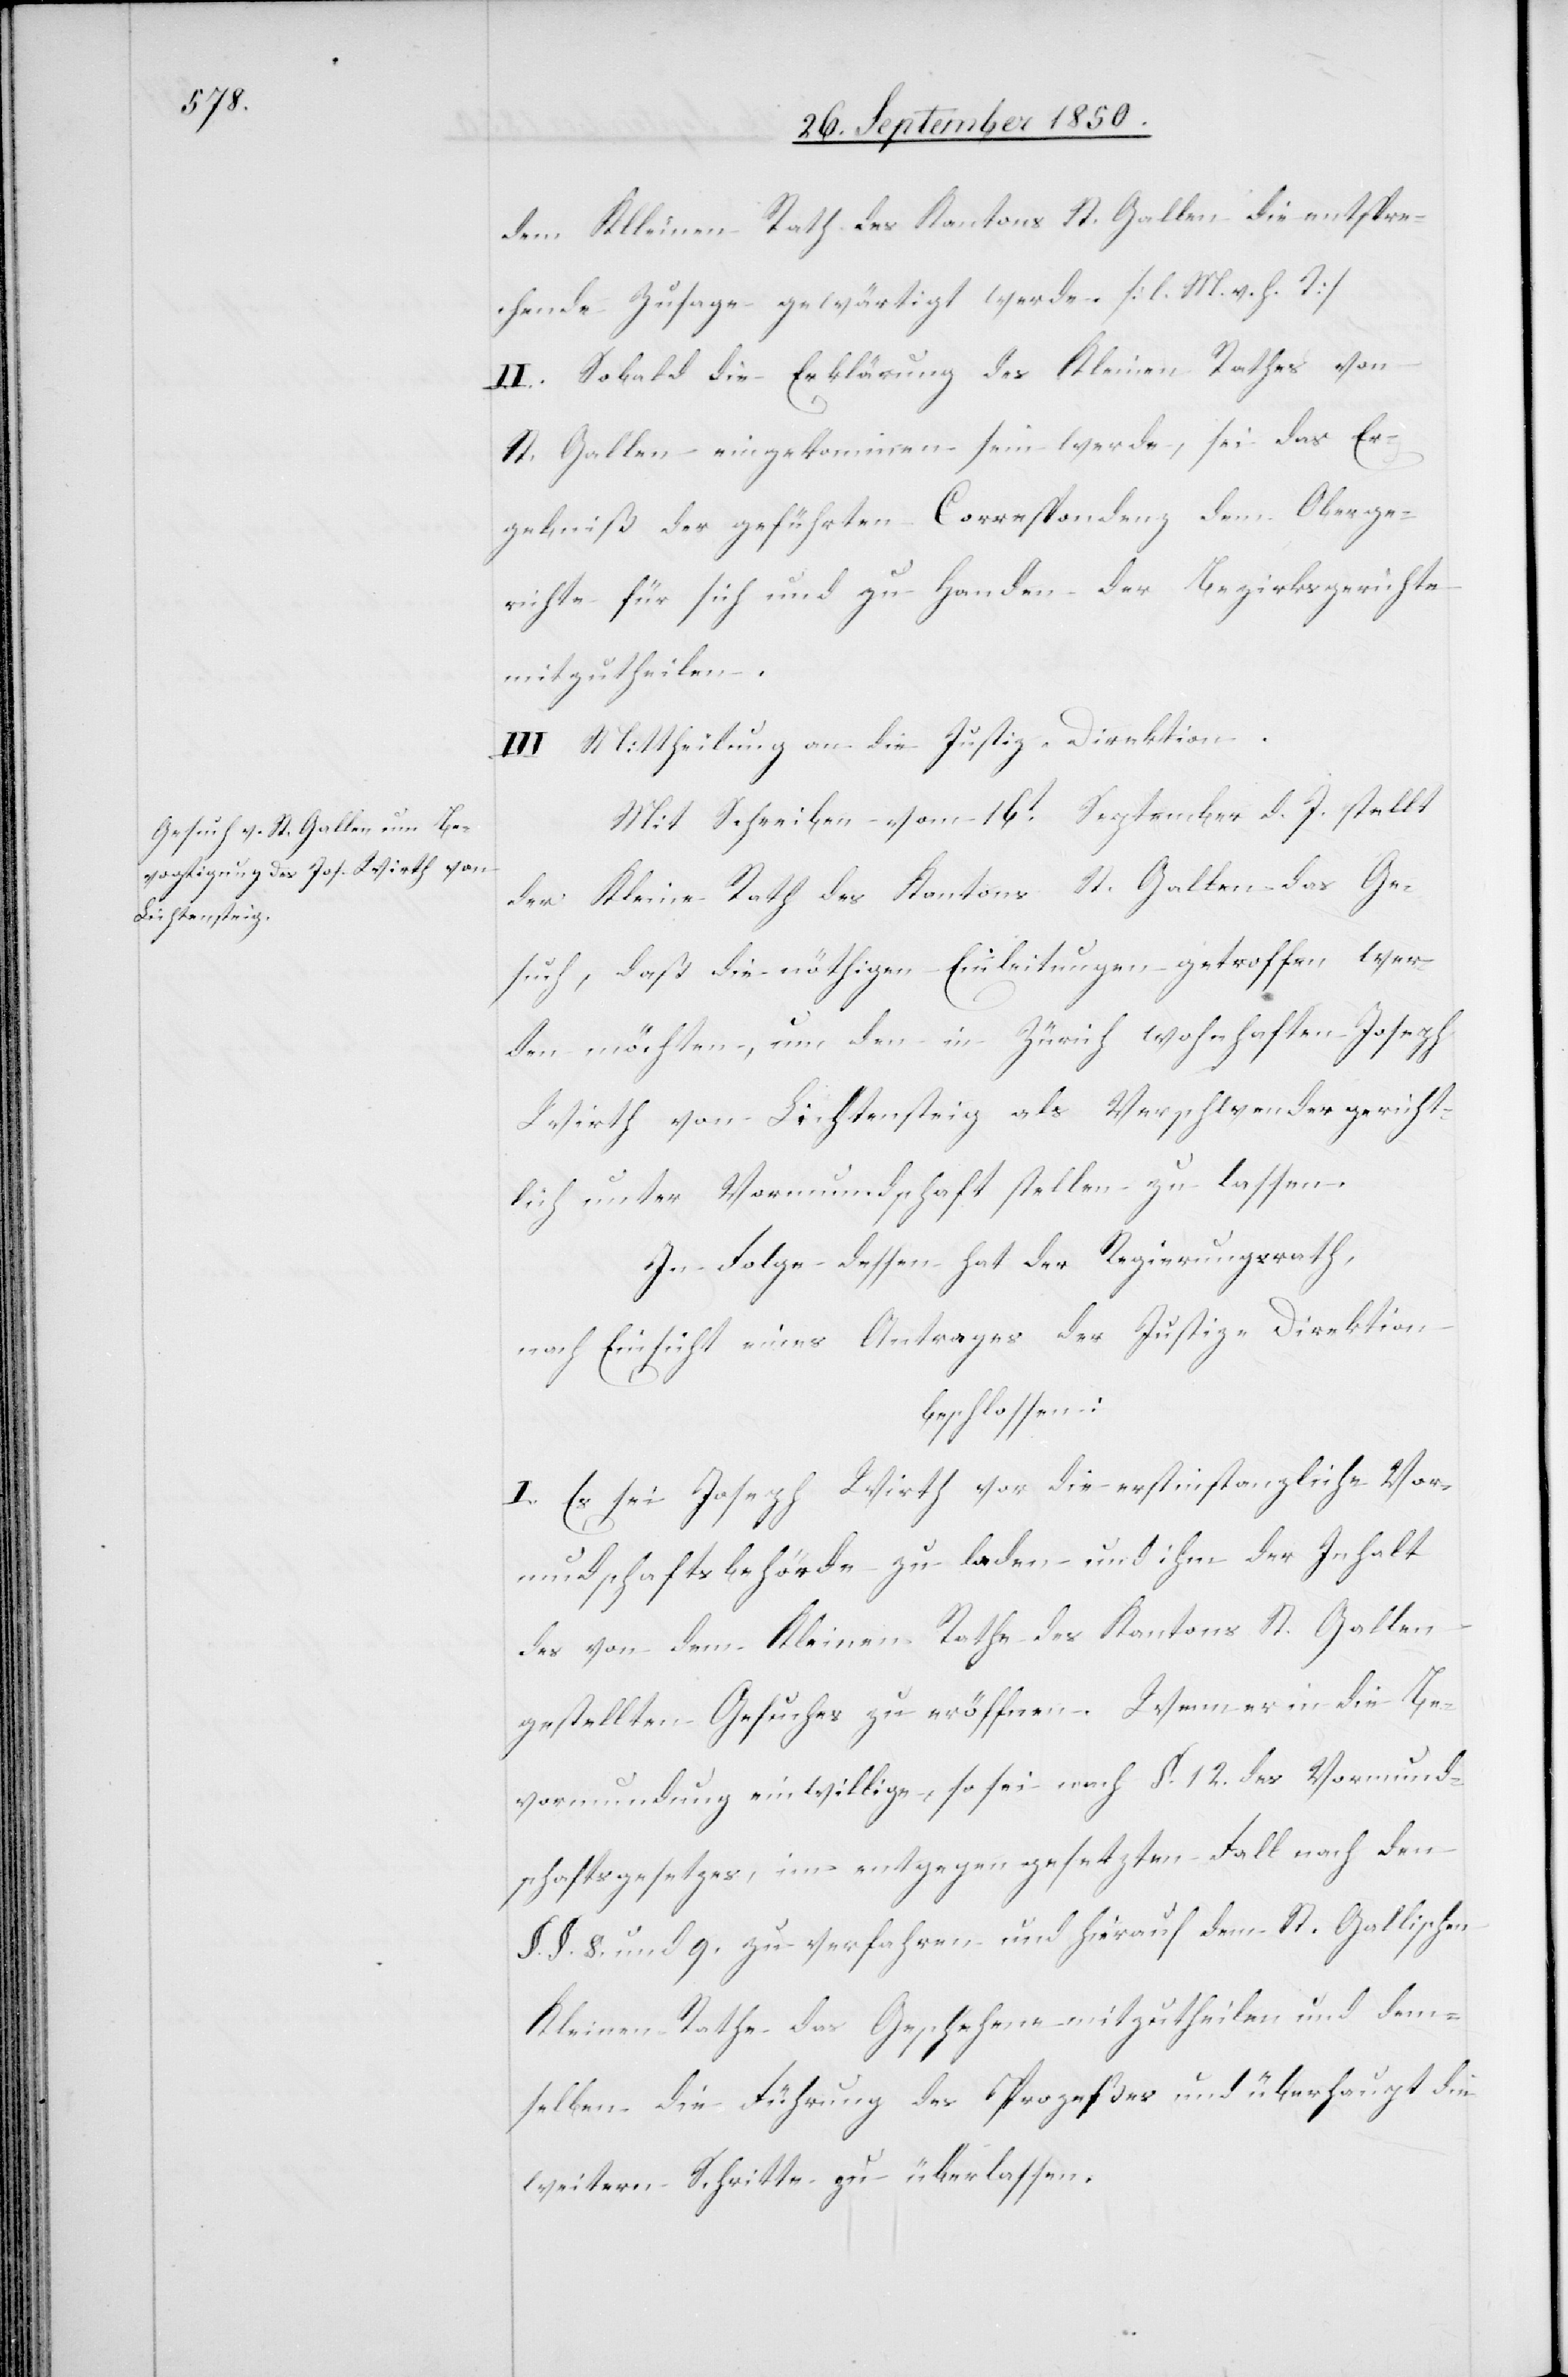
dem Kleinen Rath des Kantons St. Gallen die entspre¬
chende Zusage gewärtigt werde. [l. M. v. h. T]
II. Sobald die Erklärung des Kleinen Rathes von
St. Gallen eingekommen sein werde, sei das Er¬
gebniß der geführten Correspondenz dem Oberge¬
richte für sich und zu Handen der Bezirksgerichte
mitzutheilen.
III. Mittheilung an die Justiz-Direktion.
Mit Schreiben vom 16t September d. J. stellt
der Kleine Rath des Kantons St. Gallen das Ge¬
such, daß die nöthigen Einleitungen getroffen wer¬
den möchten, um den in Zürich wohnhaften Joseph
Wirth von Lichtensteig als Verschwender gericht¬
lich unter Vormundschaft stellen zu lassen.
In Folge dessen hat der Regierungsrath,
nach Einsicht eines Antrages der Justiz-Direktion
beschlossen:
I. Es sei Joseph Wirth vor die erstinstanzliche Vor¬
mundschaftsbehörde zu laden und ihm der Inhalt
des von dem Kleinen Rathe des Kantons St. Gallen
gestellten Gesuches zu eröffnen. Wenn er in die Be¬
vormundung einwillige, so sei nach §. 12. des Vormund¬
schaftsgesetzes, im entgegengesetzten Fall nach den
§. §. 8. und 9. zu verfahren und hierauf dem St. Gallischen
Kleinen Rathe das Geschehene mitzutheilen und dem¬
selben die Führung des Prozeßes und überhaupt die
weitern Schritte zu überlassen.